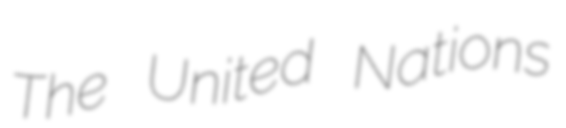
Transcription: The United Nations